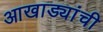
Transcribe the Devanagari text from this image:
आखाड्यांची